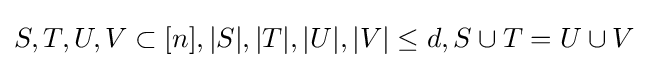
S,T,U,V\subset [n],|S|,|T|,|U|,|V|\leq d,S\cup T=U\cup V